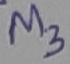
Text: M3